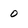
Character: 0